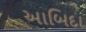
આબિદા